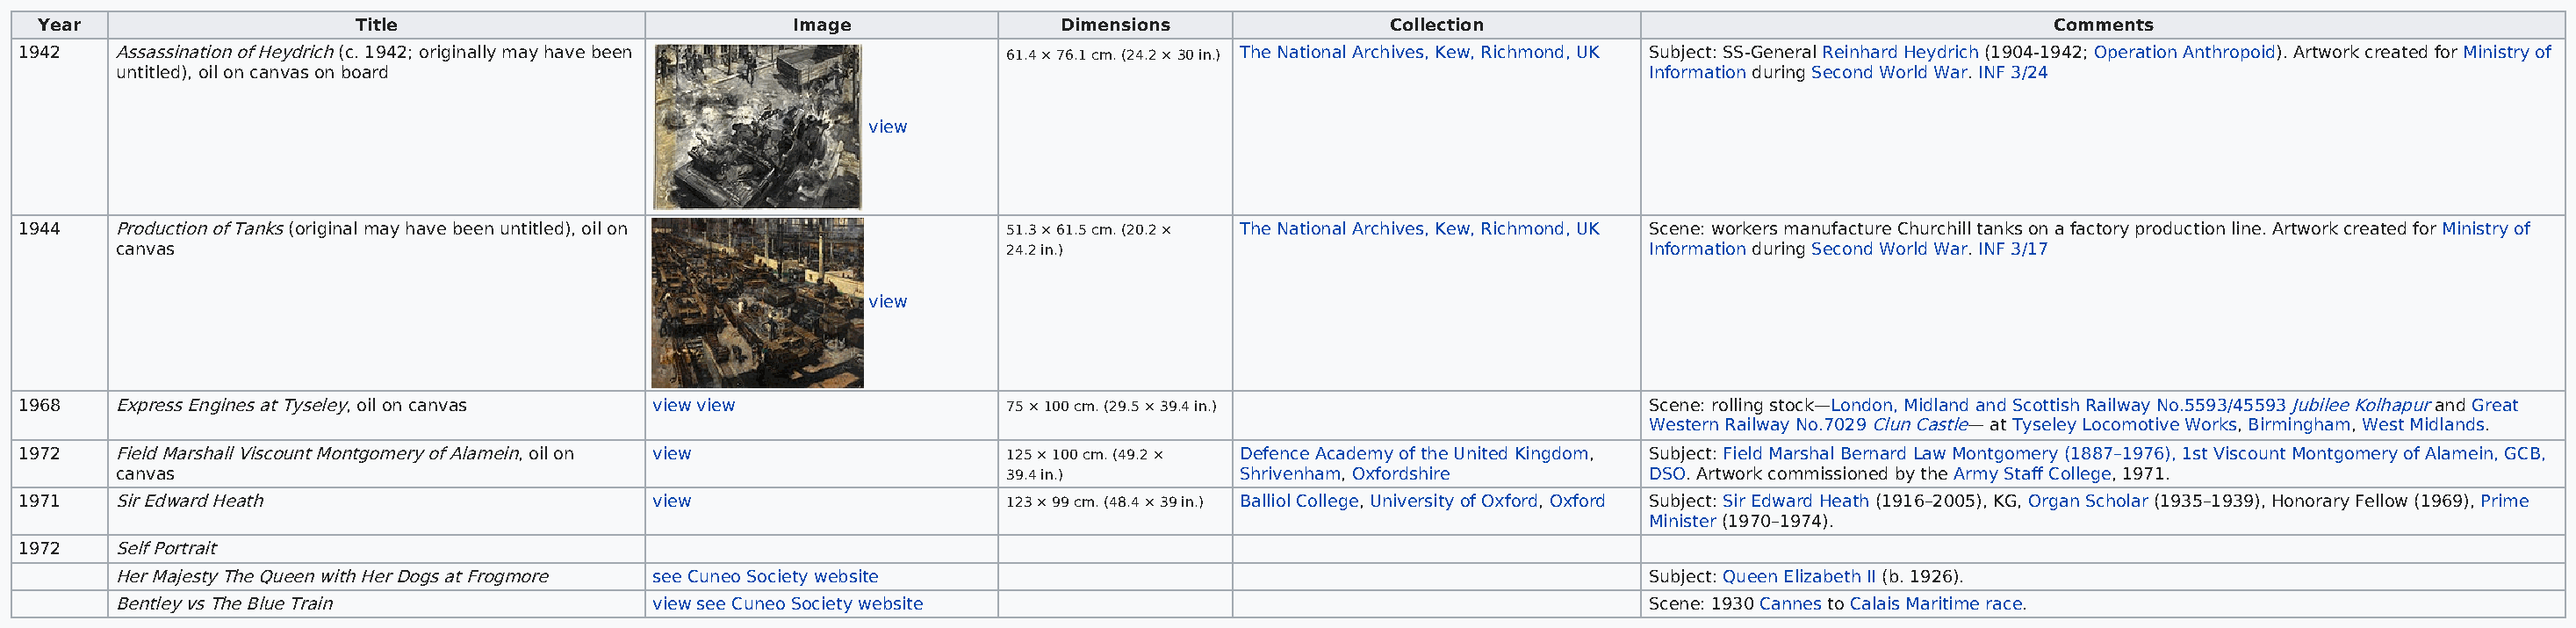
Year                    Title                            Image               Dimensions               Collection                                        Comments
 1942    Assassination of Heydrich (c. 1942; originally may have been       61.4 × 76.1 cm. (24.2 × 30 in.) The National Archives, Kew, Richmond, UK Subject: SS-General Reinhard Heydrich (1904-1942; Operation Anthropoid). Artwork created for Ministry of
 untitled), oil on canvas on board                                                                                  Information during Second World War. INF 3/24
 view
 1944    Production of Tanks (original may have been untitled), oil on      51.3 × 61.5 cm. (20.2 × The National Archives, Kew, Richmond, UK Scene: workers manufacture Churchill tanks on a factory production line. Artwork created for Ministry of
 canvas                                                             24.2 in.)                                       Information during Second World War. INF 3/17
 view
 1968    Express Engines at Tyseley, oil on canvas view view                75 × 100 cm. (29.5 × 39.4 in.)                  Scene: rolling stock—London, Midland and Scottish Railway No.5593/45593 Jubilee Kolhapur and Great
 Western Railway No.7029 Clun Castle— at Tyseley Locomotive Works, Birmingham, West Midlands.
 1972    Field Marshall Viscount Montgomery of Alamein, oil on view         125 × 100 cm. (49.2 × Defence Academy of the United Kingdom, Subject: Field Marshal Bernard Law Montgomery (1887–1976), 1st Viscount Montgomery of Alamein, GCB,
 canvas                                                             39.4 in.)        Shrivenham, Oxfordshire        DSO. Artwork commissioned by the Army Staff College, 1971.
 1971    Sir Edward Heath                        view                       123 × 99 cm. (48.4 × 39 in.) Balliol College, University of Oxford, Oxford Subject: Sir Edward Heath (1916–2005), KG, Organ Scholar (1935–1939), Honorary Fellow (1969), Prime
 Minister (1970–1974).
 1972    Self Portrait
 Her Majesty The Queen with Her Dogs at Frogmore see Cuneo Society website                                          Subject: Queen Elizabeth II (b. 1926).
 Bentley vs The Blue Train               view see Cuneo Society website                                             Scene: 1930 Cannes to Calais Maritime race.